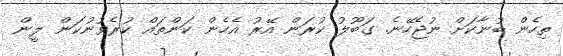
ތިހެން ބުނާކަށް ނުޖެހޭނެ. ގަބޫލު ކުރަން އޭރު އެހެން ކަންތައް ކުރެވުނުކަން ލީން